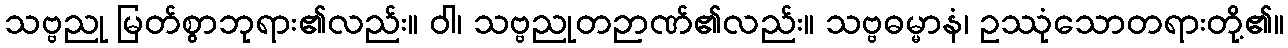
သဗ္ဗညု မြတ်စွာဘုရား၏လည်း။ ဝါ၊ သဗ္ဗညုတဉာဏ်၏လည်း။ သဗ္ဗဓမ္မာနံ၊ ဥဿုံသောတရားတို့၏။